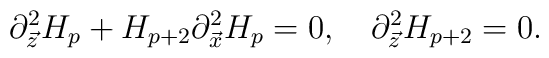
\partial^{2}_{\vec{z}}H_p+H_{p+2}\partial^{2}_{\vec{x}}H_p=0, \ \ \ \partial^2_{\vec{z}}H_{p+2}=0.